Report on enteric fever
Disease focus: Fever
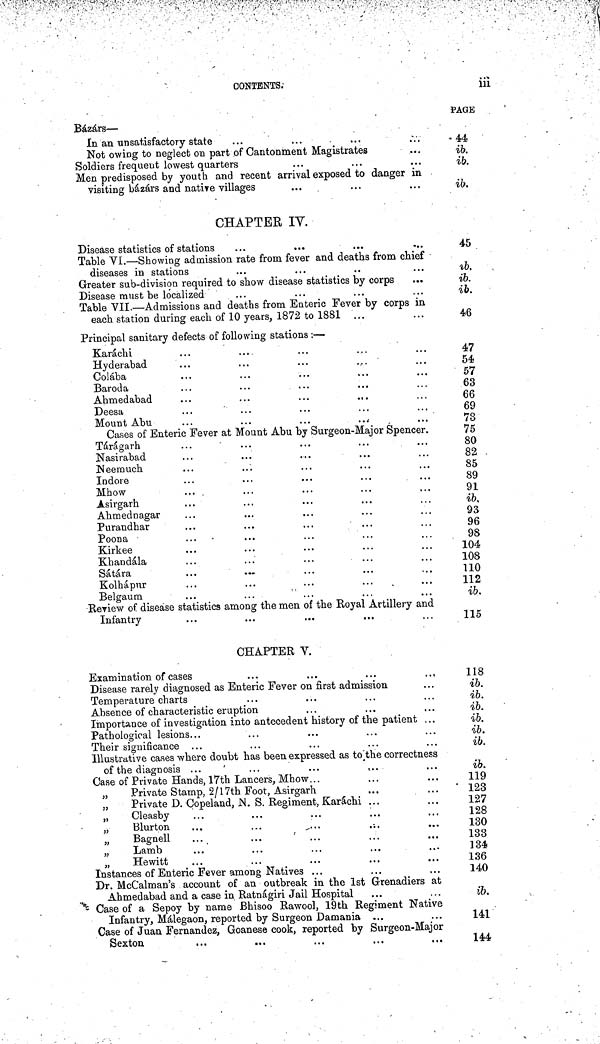
CONTENTS;
ill
Bázárs —
In an unsatisfactory state
Not owing to neglect on part of Cantonment Magistrates
Soldiers frequent lowest quarters
Men predisposed by youth and recent arrival exposed to danger in
visiting bázárs and native villages
PAGE
44
ib.
ib.
ib.
CHAPTER IY.
Disease statistics of stations
Table VI. — Showing admission rate from fever and deaths from chief
diseases in stations
Greater sub-division required to show disease statistics by corps
...
Disease must be localized
Table VII. — Admissions and deaths from Enteric Fever by corps in
each station during each of 10 years, 1872 to 1881
Principal sanitary defects of following stations :—
Karáchi
Hyderabad
Colába
Baroda
Ahmedabad
...
...
...
...
Deesa
Mount Abu
Cases of Enteric Fever at Mount Abu by Surgeon-Major Spencer.
Tárágarh
Nasirabad
Neemuch
Indore
Mhow
Asirgarh
Ahmednagar
Purandhar
Poona
Kirkee
Khandála
Sátára
...
...
Kolhápur
Belgaum
...
...
...
Review of disease statistics among the men of the Royal Artillery and
Infantry
45
ib.
ib.
ib.
46
47
54
57
63
66
69
73
75
80
82
85
89
91
ib.
93
96
98
104
108
110
112
ib.
115
CHAPTER V.
Examination of cases
Disease rarely diagnosed as Enteric Fever on first admission
Temperature charts
Absence of characteristic eruption
Importance of investigation into antecedent history of the patient ...
Pathological lesions...
Their significance ...
Illustrative cases where doubt has been expressed as to the correctness
of the diagnosis ...
Case of Private Hands, 17th Lancers, Mhow...
„
Private Stamp, 2/17th Foot, Asirgarh
Private D. Copeland, N. S. Regiment, Karáchi ...
Cleasby
Blurton
...
...
...
Bagneli
...
...
...
Lamb
Hewitt
Instances of Enteric Fever among Natives ...
Dr. McCalman's account of an outbreak in the 1st Grenadiers at
Ahmedabad and a case in Ratnágiri Jail Hospital
Case of a Sepoy by name Bhisoo Rawool, 19th Regiment Native
Infantry, Málegaon, reported by Surgeon Damania ...
Case of Juan Fernandez, Goanese cook, reported by Surgeon-Major
Sexton
118
ib.
ib.
ib.
ib.
ib.
ib.
ib.
119
123
127
128
130
133
134
136
140
ib.
141
144